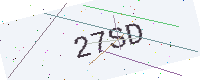
Text: 27SD